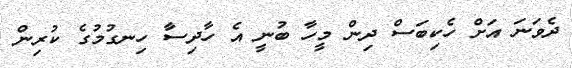
ދެވަނަ އަށް ހެކިބަސް ދިން މީހާ ބުނީ އެ ހާދިސާ ހިނގުމުގެ ކުރިން